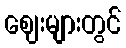
ဈေးများတွင်